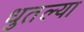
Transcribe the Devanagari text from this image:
धुतल्या